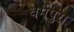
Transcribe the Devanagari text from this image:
धर्मपुरा